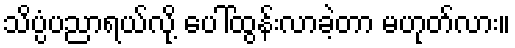
သိပ္ပံပညာရယ်လို့ ပေါ်ထွန်းလာခဲ့တာ မဟုတ်လား။